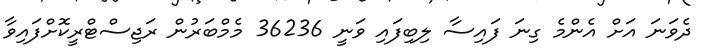
ދެވަނަ އަށް އެންމެ ގިނަ ފައިސާ ލިބިފައި ވަނީ 36236 މެމްބަރުން ރަޖިސްޓްރީކޮށްފައިވާ